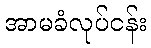
အာမခံလုပ်ငန်း